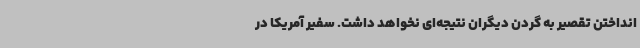
انداختن تقصیر به گردن دیگران نتیجه‌ای نخواهد داشت. سفیر آمریکا در